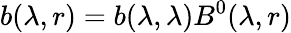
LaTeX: b(\lambda,r)=b(\lambda,\lambda)B^{0}(\lambda,r)